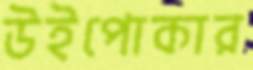
উইপোকার